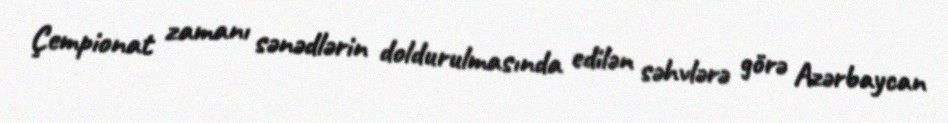
Çempionat zamanı sənədlərin doldurulmasında edilən səhvlərə görə Azərbaycan